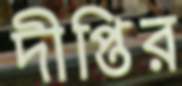
দীপ্তির